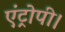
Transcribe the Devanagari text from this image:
एंट्रोपी।